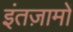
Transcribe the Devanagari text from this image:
इंतज़ामों